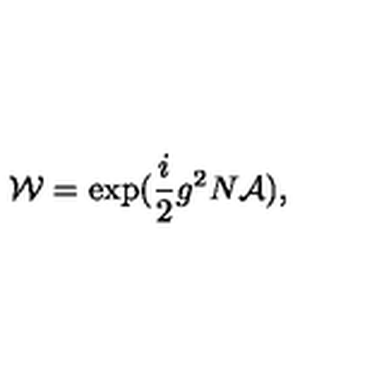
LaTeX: { \cal W } = \exp ( \frac { i } { 2 } g ^ { 2 } N { \cal A } ) ,